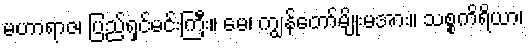
မဟာရာဇ၊ ပြည့်ရှင်မင်းကြီး။ မေ၊ ကျွန်တော်မျိုးမအား။ သစ္စကိရိယာ၊